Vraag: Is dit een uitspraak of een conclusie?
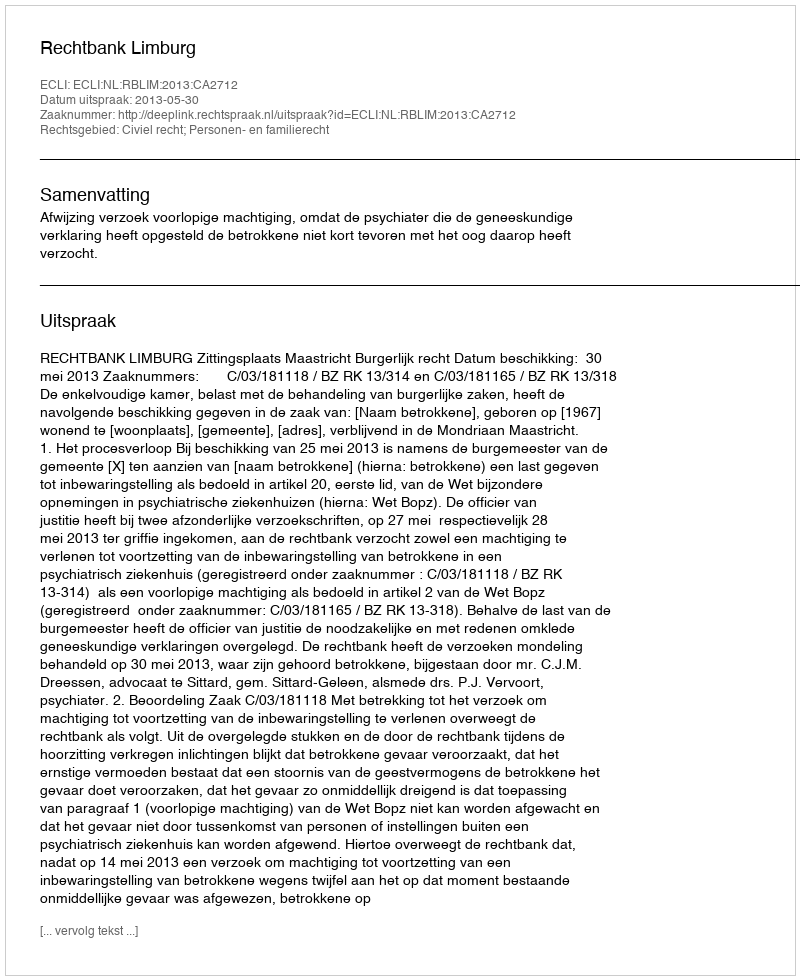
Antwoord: Uitspraak